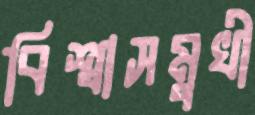
বিশ্বাসমুখী